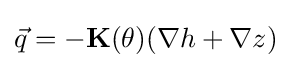
{\vec {q}}=-\mathbf {K} (\theta )(\nabla h+\nabla z)